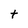
Character: t